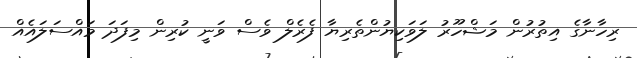
ރިހާނާގެ އިތުރުން މަޝްހޫރު ލަވަކިޔުންތެރިޔާ ފެރެލް ވެސް ވަނީ ކުރިން މިފަދަ މައްސަލައެއް